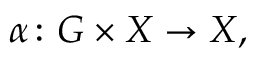
\alpha \colon G \times X \to X ,